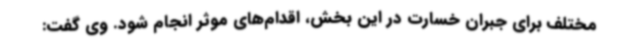
مختلف برای جبران خسارت در این بخش، اقدام‌های موثر انجام شود. وی گفت: